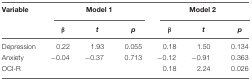
<table><thead><tr><td><b>Variable</b></td><td colspan="3"><b>Model 1</b></td><td colspan="3"><b>Model 2</b></td></tr><tr><td></td><td><b><i>β</i></b></td><td><b><i>t</i></b></td><td><b><i>p</i></b></td><td><b><i>β</i></b></td><td><b><i>t</i></b></td><td><b><i>p</i></b></td></tr></thead><tbody><tr><td>Depression</td><td>0.22</td><td>1.93</td><td>0.055</td><td>0.18</td><td>1.50</td><td>0.134</td></tr><tr><td>Anxiety</td><td>-0.04</td><td>-0.37</td><td>0.713</td><td>-0.12</td><td>-0.91</td><td>0.363</td></tr><tr><td>OCI-R</td><td></td><td></td><td></td><td>0.18</td><td>2.24</td><td>0.026</td></tr></tbody></table>